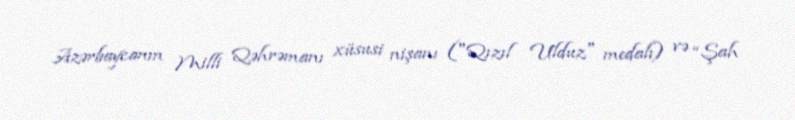
Azərbaycanın Milli Qəhrəmanı xüsusi nişanı ("Qızıl Ulduz" medalı) və “Şah